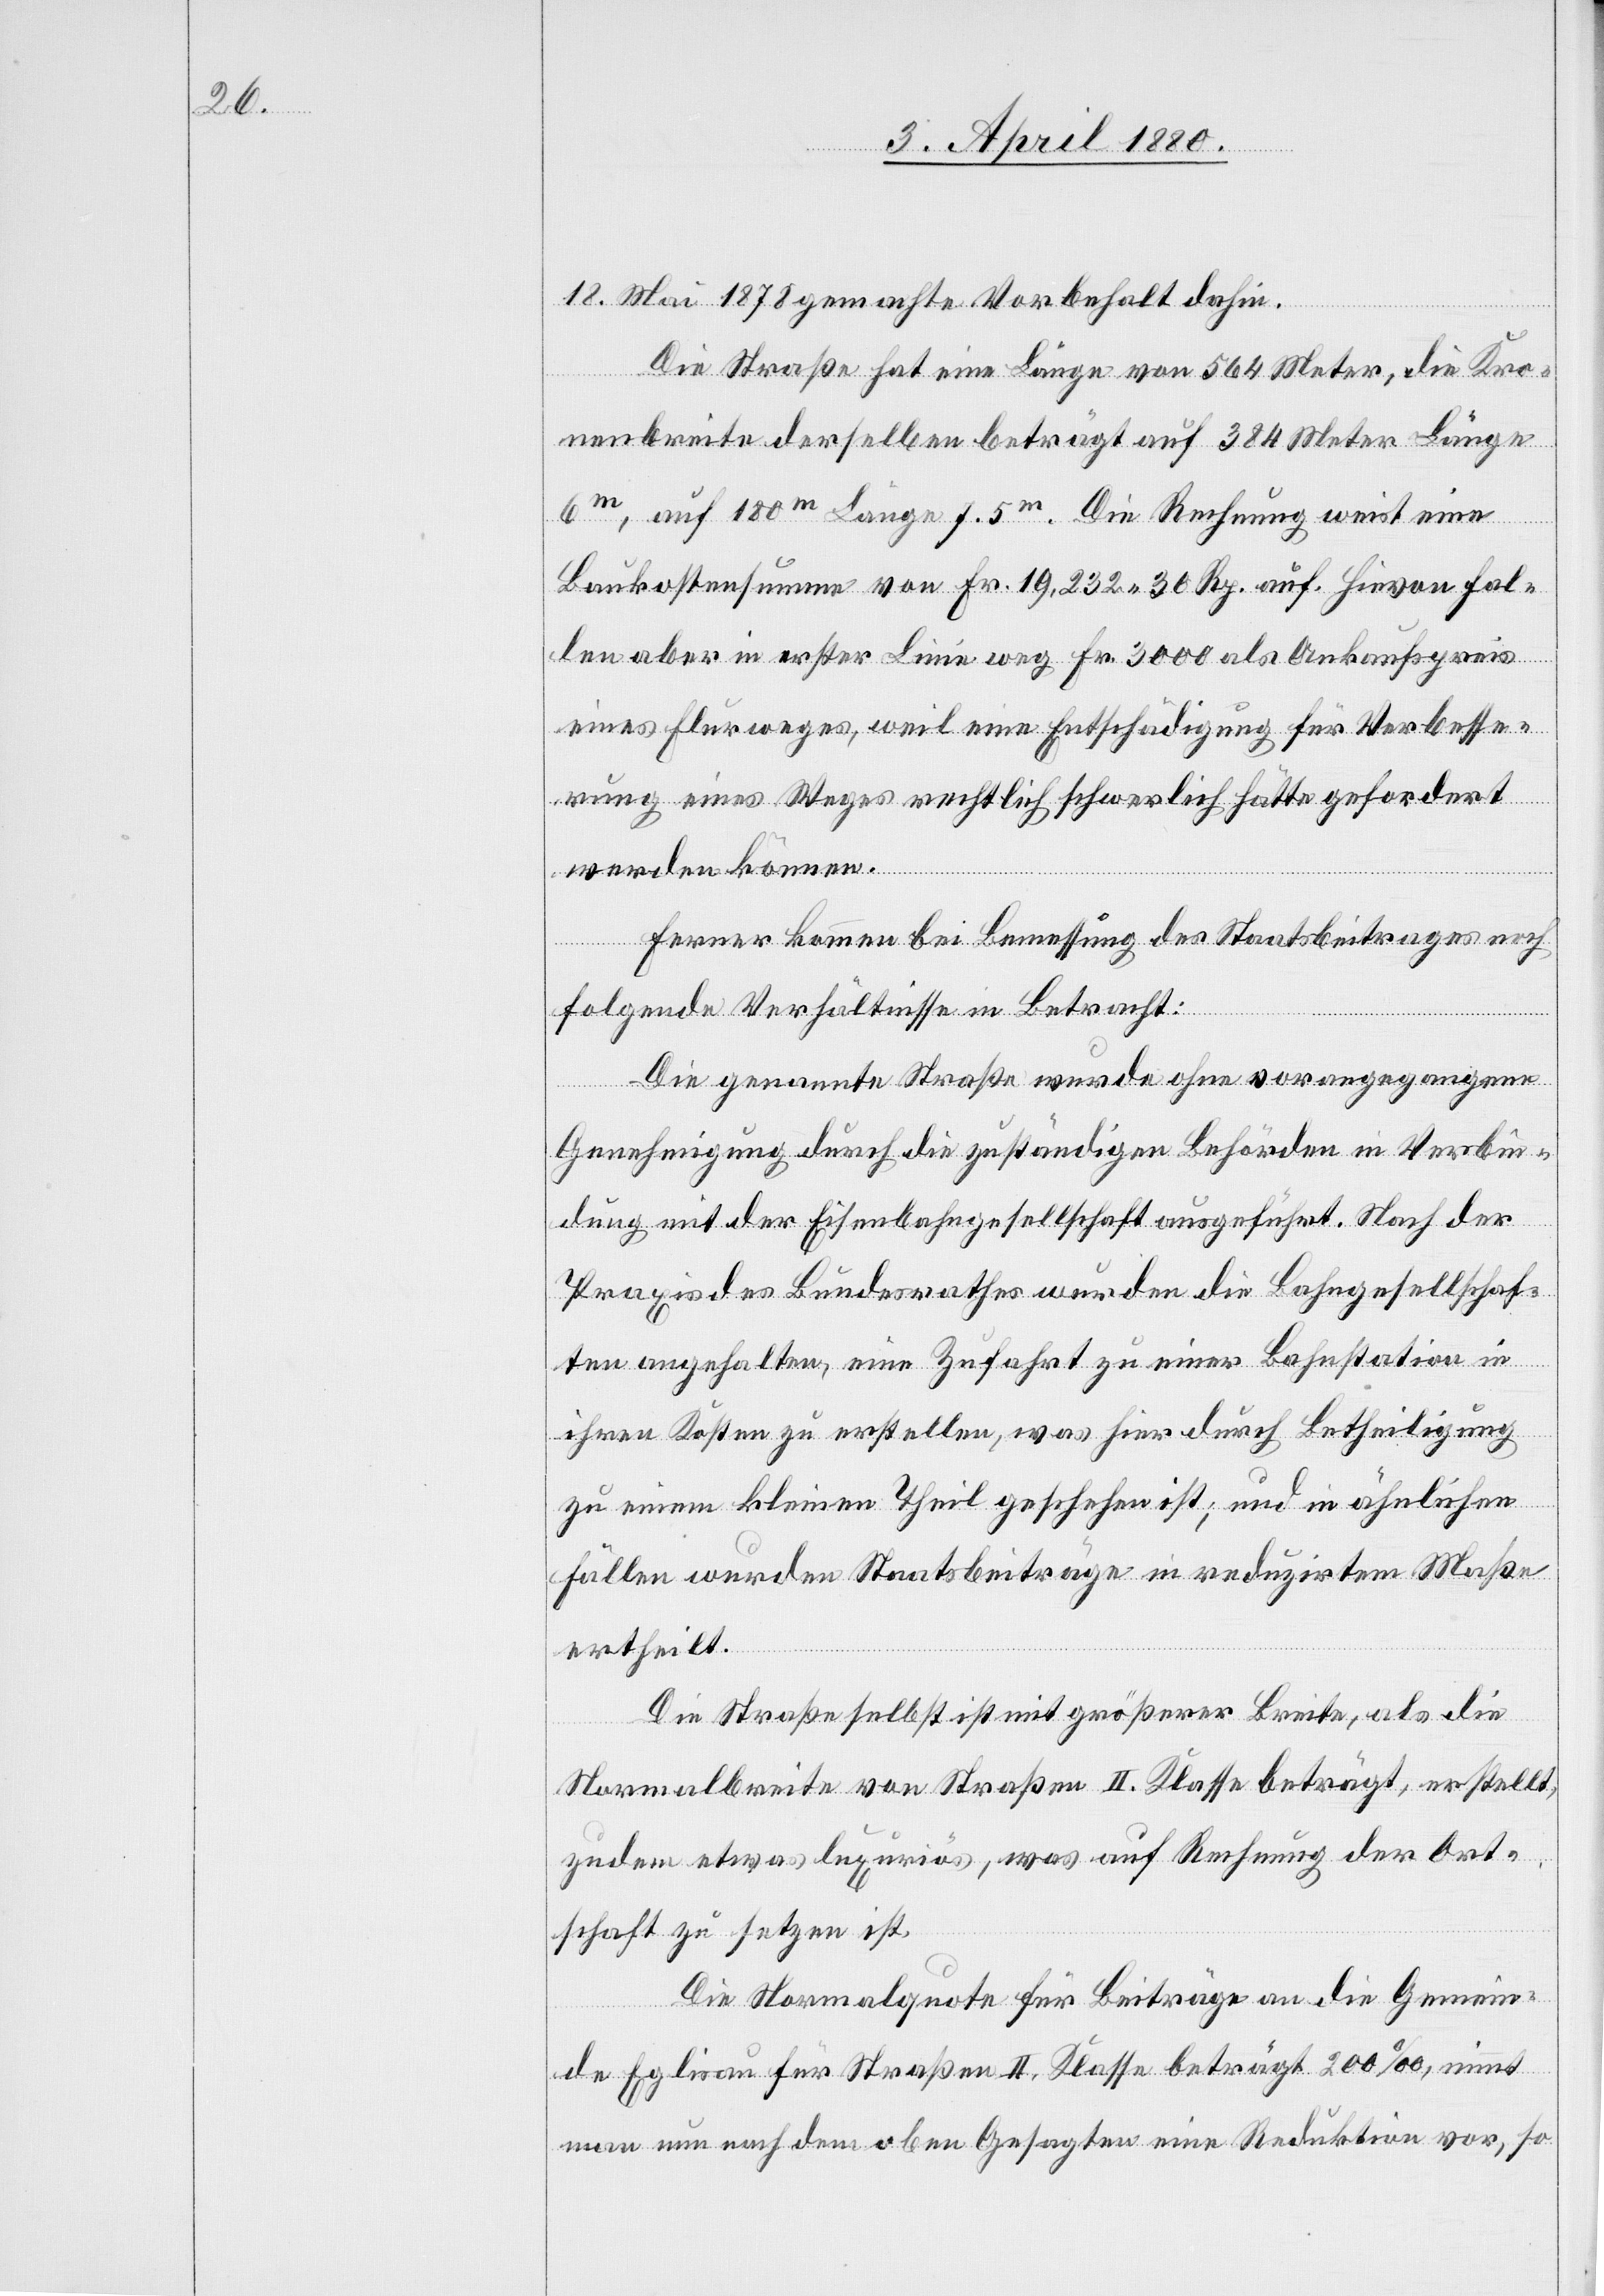
18. Mai 1878 gemachte Vorbehalt dahin.
Die Straße hat eine Länge von 564 Metern, die Kro¬
nenbreite derselben beträgt auf 384 Meter Länge
6m, auf 180m Länge 7.5m. Die Rechnung weist eine
Baukostensumme von Fr. 19,232. 30 Rp. auf. Hievon fal¬
len aber in erster Linie weg Fr. 3000 als Ankaufspreis
eines Flurweges, weil eine Entschädigung für Verbesse¬
rung eines Weges rechtlich schwerlich hätte gefordert
werden können.
Ferner kommen bei Bemessung des Staatsbeitrages noch
folgende Verhältnisse in Betracht:
Die genannte Straße wurde ohne vorangegangene
Genehmigung durch die zuständigen Behörden in Verbin¬
dung mit der Eisenbahngesellschaft ausgeführt. Nach der
Praxis des Bundesrathes wurden die Bahngesellschaf¬
ten angehalten, eine Zufahrt zu einer Bahnstation in
ihren Kosten zu erstellen, was hier durch Betheiligung
zu einem kleinen Theil geschehen ist, und in ähnlichen
Fällen wurden Staatsbeiträge in reduzirtem Maße
ertheilt.
Die Straße selbst ist mit größerer Breite, als die
Normalbreite von Straßen II. Klasse beträgt, erstellt,
zudem etwas luxuriös, was auf Rechnung der Ort¬
schaft zu setzen ist.
Die Normalquote für Beiträge an die Gemein¬
de Eglisau für Straßen II. Klasse beträgt 200‰, nimmt
man nun nach dem oben Gesagten eine Reduktion vor, so